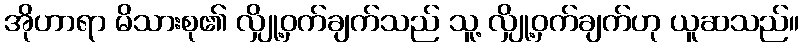
အိုဟာရာ မိသားစု၏ လျှို့ဝှက်ချက်သည် သူ့ လျှို့ဝှက်ချက်ဟု ယူဆသည်။